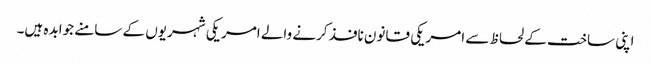
اپنی ساخت کے لحاظ سے امریکی قانون نافذ کرنے والے امریکی شہریوں کے سامنے جوابدہ ہیں۔